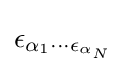
\epsilon _{\alpha _{1}\cdots \epsilon _{\alpha _{N}}}